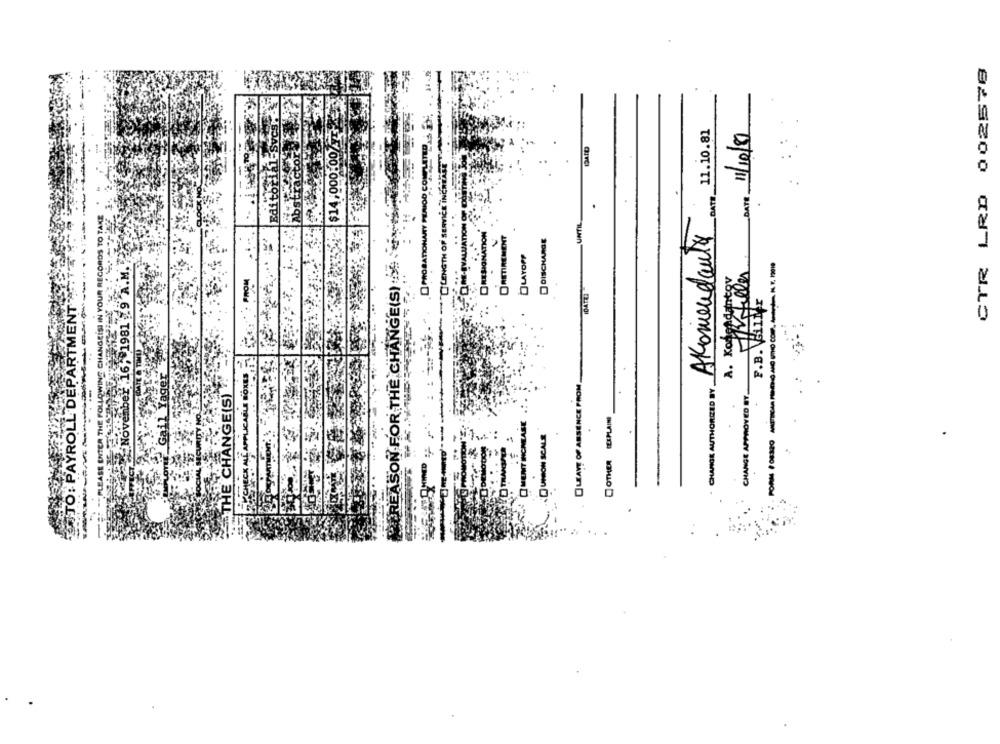
CTR LRD 002578
11.10.81
1/10/8
Si- $14,000:00/A
actor
Abst
DATE
Edi
CHANGEISI IN YOUR RECORDS TO TAKE
VATION
UNTIL
AKomendanty
RESIGNATION
DISCHARGE
ORETIRENEN
OLAYOPP
bel 16, 1981 .9 A.M.
MEREASON FOR THE CHANGE(S)
: PROM
A. Kodesdantov
VGiller
TO: PAYROLL DEPARTMENT
F.B.
Gail Yage
OLEAYE OF ABSENCE FROM
CHARGE AUTHORIZED BY
THE CHANGE(S)
CHANGE APPROVED BY
OTHER CEXPLAINI
Nove
CIMENT INCREASE
POR PORAGO
UNION SCALE